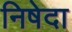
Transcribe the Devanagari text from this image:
निषेदा